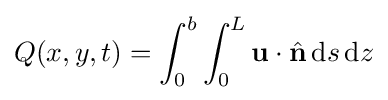
Q(x,y,t)=\int _{0}^{b}\int _{0}^{L}\mathbf {u} \cdot {\hat {\mathbf {n} }}\,\mathrm {d} s\,\mathrm {d} z